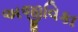
અજીવિકા